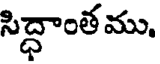
సిద్ధాంత ము.